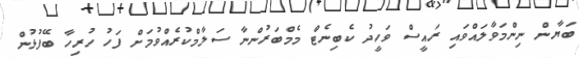
ބަޔާން ނިންމަވާލައްވައި ރައީސް ވަހީދު ކެބިނެޓް މެމްބަރުންނާ ސަލާމްކުރެއްވުމަށް ފަހު ހުރިހާ ބޭފުޅުން